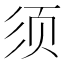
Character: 须